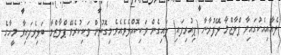
ލެއާއިއެކުގައިވާ ޕްލާޒްމާ ލޭފުރާނާ (ޕިއުރިފައި) ލައިގެން ވަކިކޮއްލެވެއެވެ.މިގޮތުން ވަކިކުރެވޭ ޕްލާޒްމާ ބަލިވެފައިވާ މީހާގެ